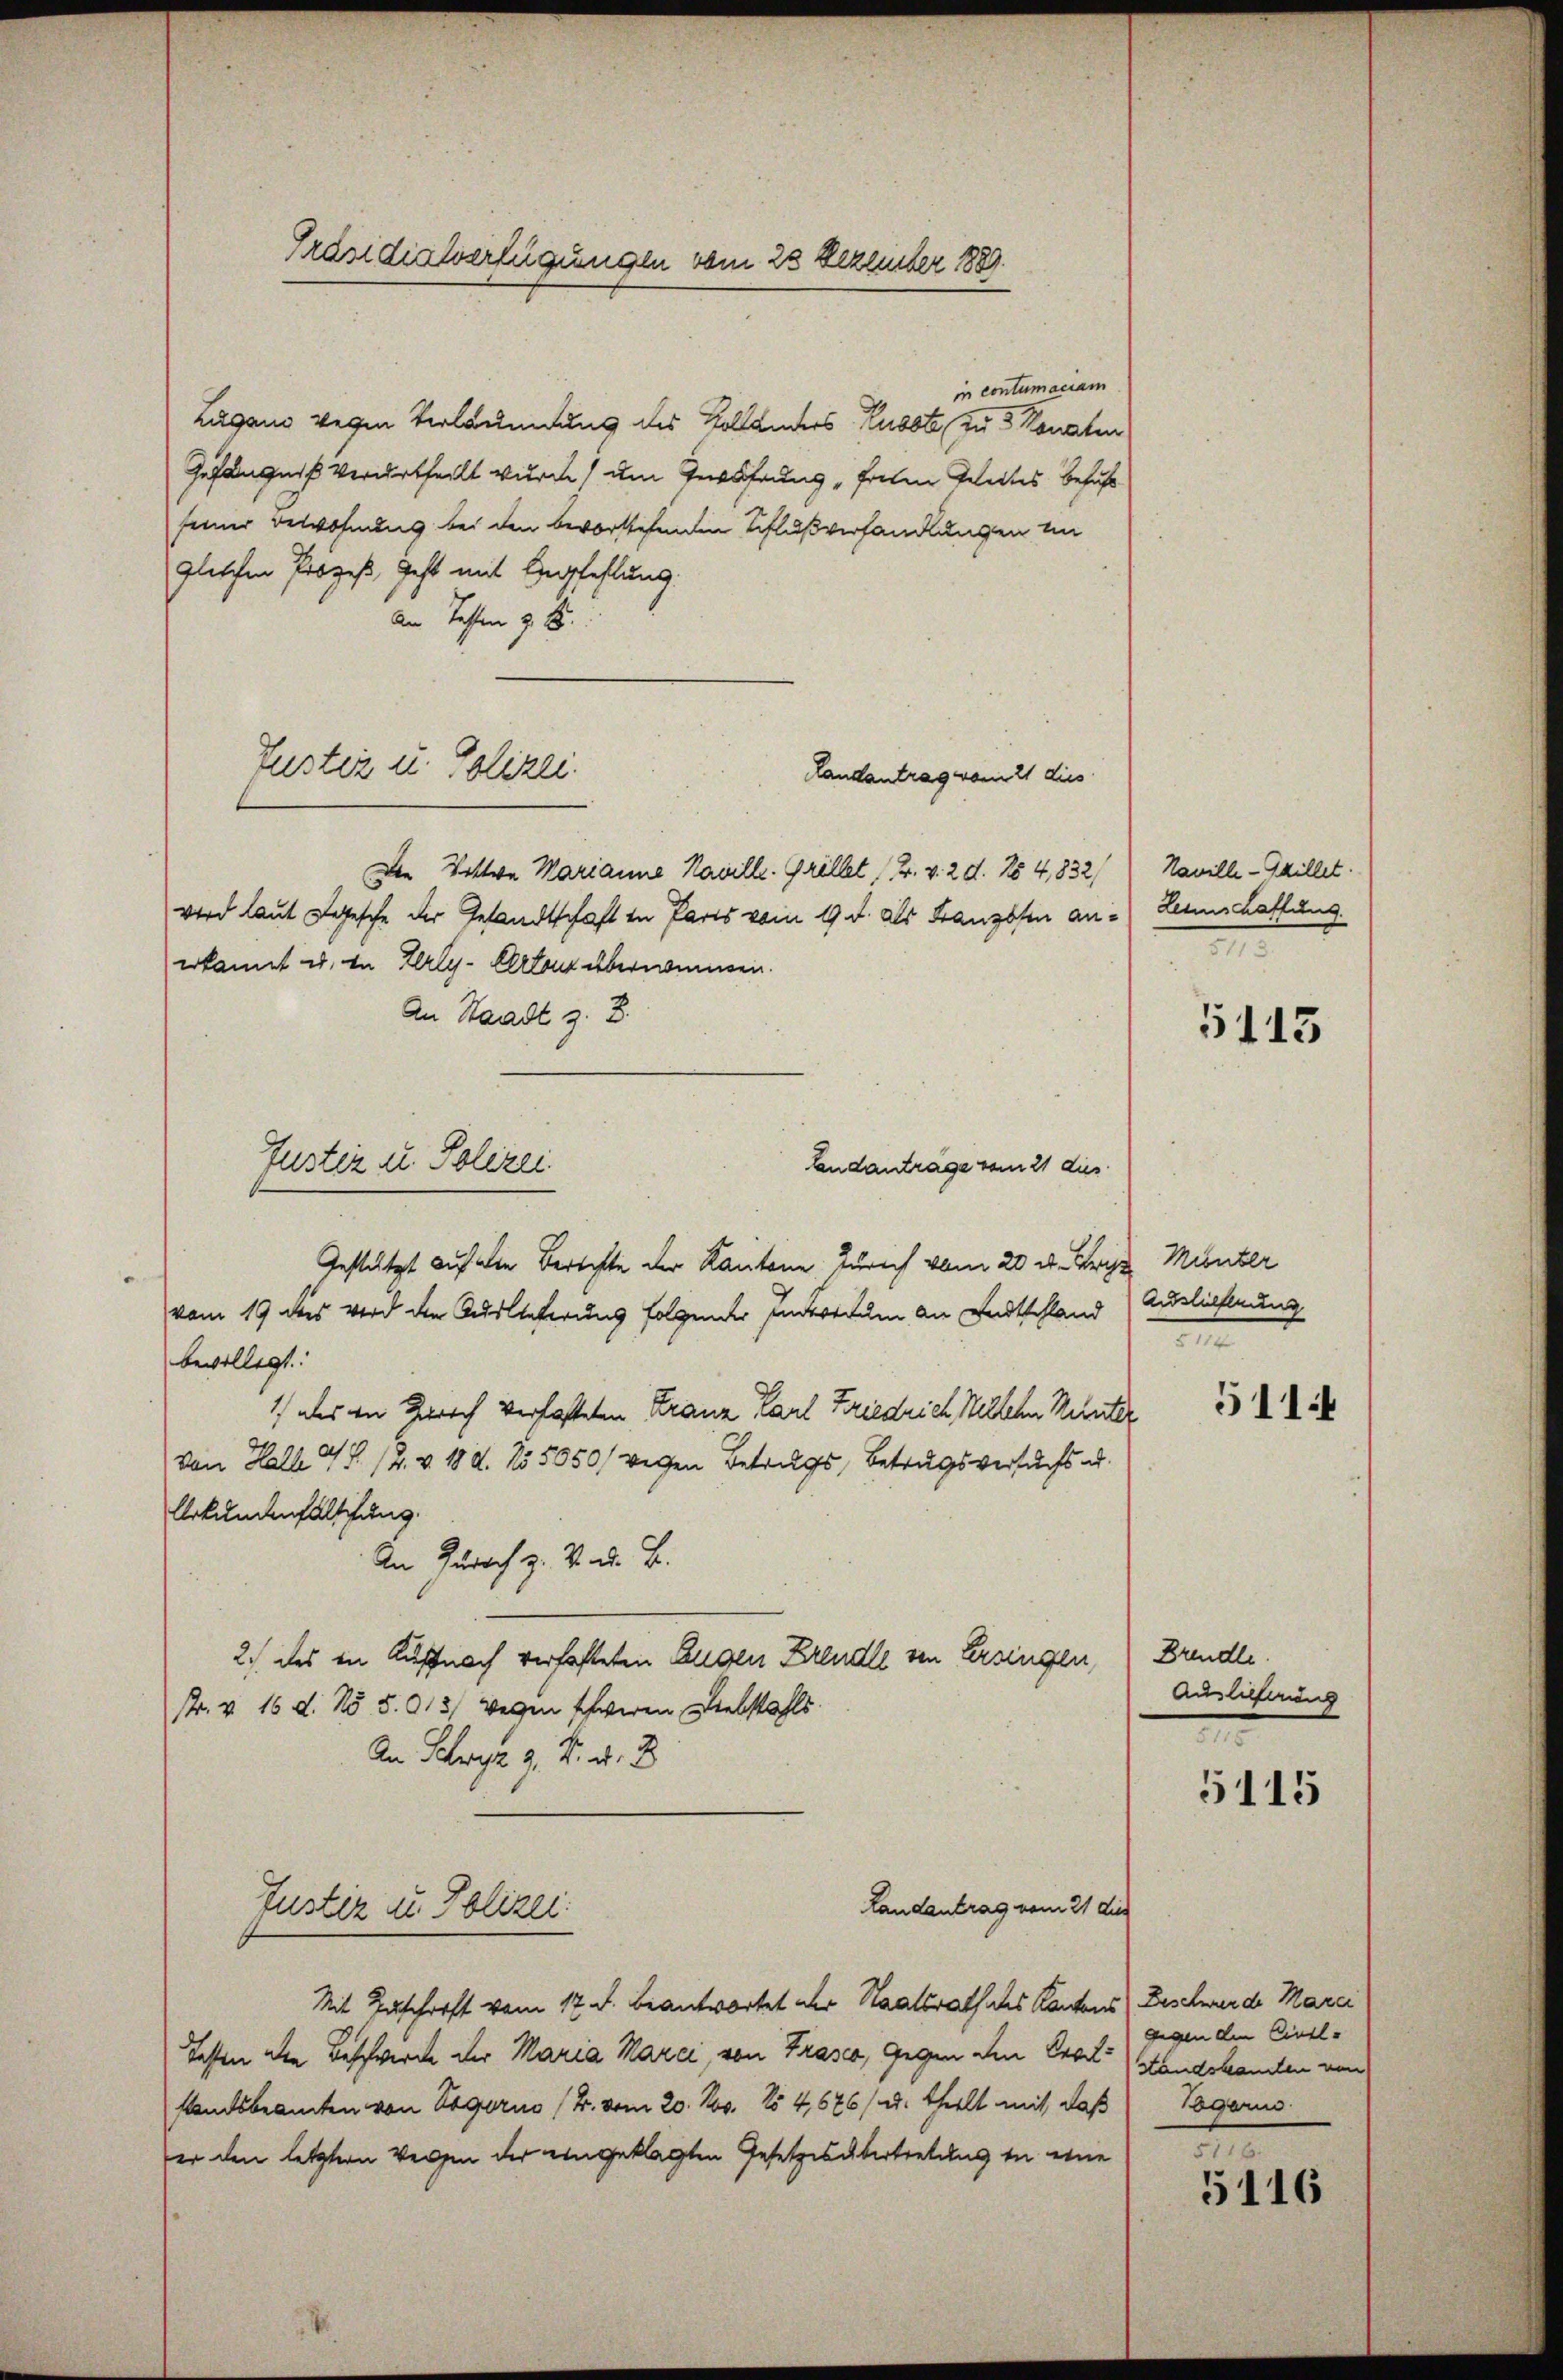
Präsidialverfügungen vom 23 Dezember 1889.

in contumaciam
Lugano wegen Verläumdung des Kollanders Russte, zu 3 Monaten
Gefängniß verurtheilt wurde, um Gewährung „freien Geleites befühl
seiner Bewohnung bei den bevorstehenden Schlußverhandlungen in
glischen Prozeß geht mit Empfehlung.
An Tasten z. B.
Landantrag vom 21 dies
Den Wittwe Marianne Naville. Grillet Fr. v. 29. No 4,832)
wird laut gesche der Gesandtschaft in Paris vom 19. d. als Franzosen an: Lennschaffung
erkannt u. in Zerly-Certon übernommen.
An Staadt z. B.
Landanträge vom 21 dies
Gestützt auf die Berechte der Kantone Zürich vom 20. d. Friz Minter
vom 19 des wird den Auslieferung folgender Interium an undtschland
bevollegt:
1) als in Zürich verhafteten Franz Karl Friedrich Mitlehn Munter
21
von Halle 4 S. 12. v. 18 d. 255050/ wegen Betrugs, Betrugsversuchs u.
Urkundenfalschung.
An Zürich z. V. D. B.
2.) des in Auffnach verhafteten Eugen Freude von Versingen,
str. v. 16. d. No 5. 913) wegen schweren Diebstahls
An Schwyz z. B. u. B
Landantrag vom 21 dies
Justiz zu Polizei.
Mit Zuschrift vom 17. d. beantwortet der Staatsrath des Kantons Beschwerde Marci
Testen die Beschwerde der Maria Marci, von Traser, gegen den Excel. Handekannten von
standsbeamten von Vagoris (B. vom 20. Nov. 154,676/ u. theilt mit, daß
er den letztern Vergen der eingeklagten Gesetzesübertretung in eine

Tuster u. Polizei.

Justiz u. Polizei

Haville-Schillet.

5115

Aushülfnung
e

511.

Brindle.
Auslieferung
.

5115

gegen den Civil-
Togann.
e

5116